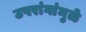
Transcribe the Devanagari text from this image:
उपरांगांमुळे